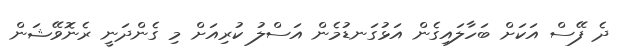
ދެ ފޭސް އަކަށް ބަހާލައިގެން އަޅުގަނޑުމެން އަސްލު ކުރިއަށް މި ގެންދަނީ ރެނޮވޭޝަން